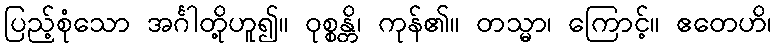
ပြည့်စုံသော အင်္ဂါတို့ဟူ၍။ ဝုစ္စန္တိ၊ ကုန်၏။ တသ္မာ၊ ကြောင့်။ ဧတေဟိ၊